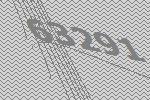
63291